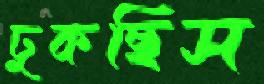
ঢুকছিস